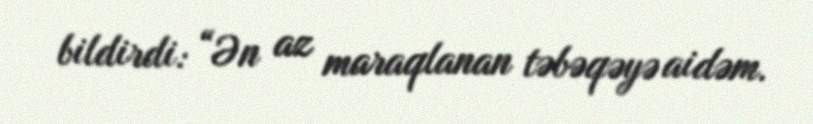
bildirdi: “Ən az maraqlanan təbəqəyə aidəm.